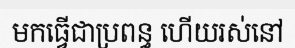
មកធ្វើជាប្រពន្ធ ហើយរស់នៅ